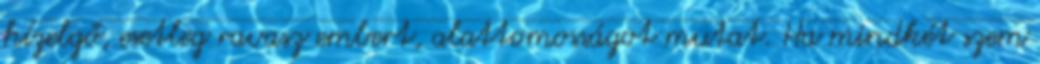
hízelgő, esetleg ravasz embert, alattomosságot mutat. Ha mindkét szem